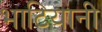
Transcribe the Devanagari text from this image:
भाटियानी